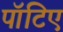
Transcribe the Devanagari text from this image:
पॉटिए